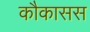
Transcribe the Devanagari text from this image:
कौकासस